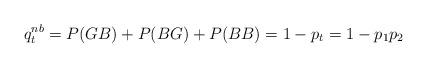
LaTeX: \begin{align*}q^{nb}_t=P(GB)+P(BG)+P(BB)=1-p_t=1-p_1p_2\end{align*}